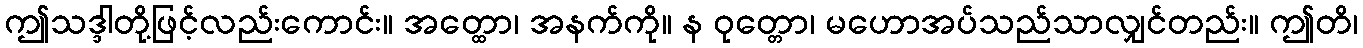
ဤသဒ္ဒါတို့ဖြင့်လည်းကောင်း။ အတ္ထော၊ အနက်ကို။ န ဝုတ္တော၊ မဟောအပ်သည်သာလျှင်တည်း။ ဤတိ၊